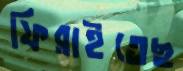
ফিরাইতেছ